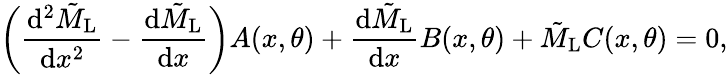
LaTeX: \bigg(\frac{\mathrm{d}^{2}\tilde{M}_{\mathrm{L}}}{\mathrm{d}x^{2}}-\frac{\mathrm{d}\tilde{M}_{\mathrm{L}}}{\mathrm{d}x}\bigg)A(x,\theta)+\frac{\mathrm{d}\tilde{M}_{\mathrm{L}}}{\mathrm{d}x}B(x,\theta)+\tilde{M}_{\mathrm{L}}C(x,\theta)=0,